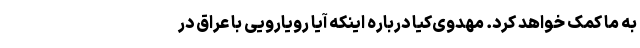
به ما کمک خواهد کرد. مهدوی‌کیا درباره اینکه آیا رویارویی با عراق در